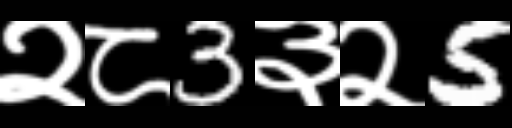
Text: २८3३२5